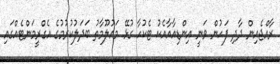
ރާއްޖެއިން ދާދި ފަހުން ވަނީ އިންޑިއާއާއެކު ޓެކުހާ ގުޅޭ މައުލޫމާތު ބަދަލުކުރުމުގެ އެގްރީމަންޓެއްގައި